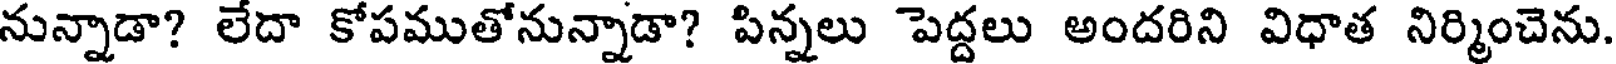
నున్నాడా? లేదా కోపముతోనున్నాడా? పిన్నలు పెద్దలు అందరిని విధాత నిర్మించెను.